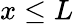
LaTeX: x\leq L